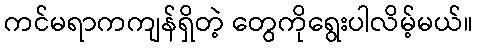
ကင်မရာကကျန်ရှိတဲ့ တွေကိုရွေးပါလိမ့်မယ်။